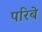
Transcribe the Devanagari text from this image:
परिबे